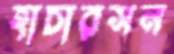
হাচারসন